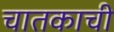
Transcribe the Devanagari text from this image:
चातकाची